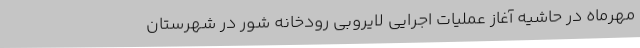
مهرماه در حاشیه آغاز عملیات اجرایی لایروبی رودخانه شور در شهرستان